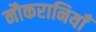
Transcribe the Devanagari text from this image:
नौकरानियाँ